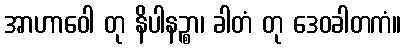
အာဟာဝေါ တု နိပါနဉ္စာ၊ ခါတံ တု ဒေဝခါတကံ။